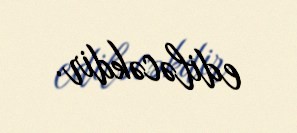
ediləcəkdir.